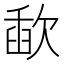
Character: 歃